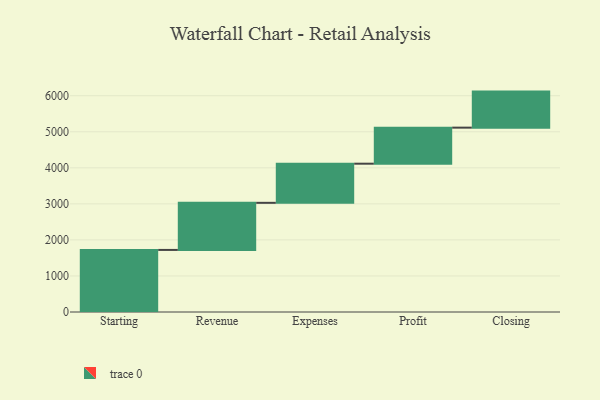
{"axis": {"x": "Step", "y": "Value"}, "legend": [""], "data": [{"x": "Starting", "y": 1722.0, "type": ""}, {"x": "Revenue", "y": 1307.0, "type": ""}, {"x": "Expenses", "y": 1086.0, "type": ""}, {"x": "Profit", "y": 1000, "type": ""}, {"x": "Closing", "y": 1000, "type": ""}]}